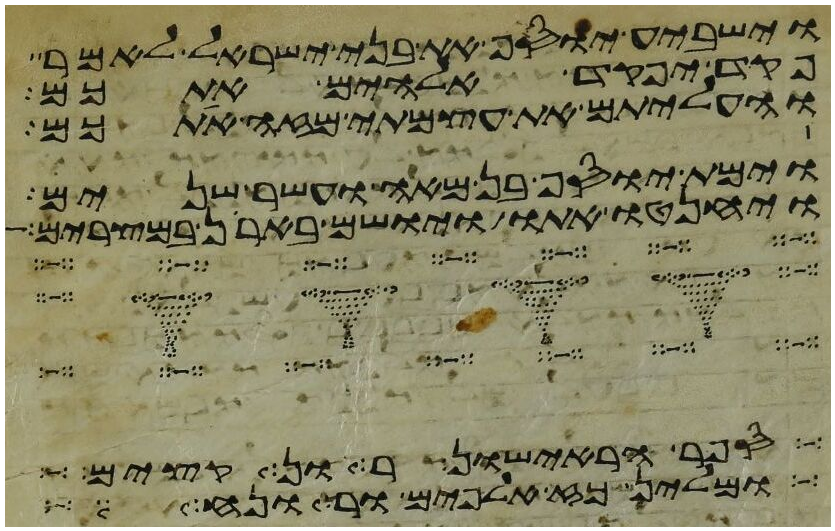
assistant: וישביע יוסף את בני ישראל לאמר
פקד יפקד אלהים אתכם
והעליתם את עצמתי מזה אתכם
וימת יוסף בן מאה ועשר שנים
ויחנטו אתו ויושם בארן במצרים
ברית ראישונים אשר הוצאתי
ויזכר אלהים את נח ואת